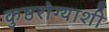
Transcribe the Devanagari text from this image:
कुष्ठरोग्याशी